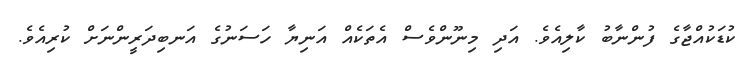
ކުޑަކުއްޖާގެ ފުންނާބު ކާލިއެވެ. އަދި މިނޫންވެސް އެތަކެއް އަނިޔާ ހަސަނުގެ އަނބިދަރީންނަށް ކުރިއެވެ.